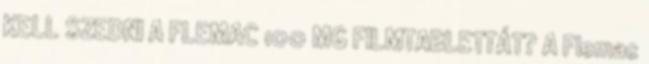
KELL SZEDNI A FLEMAC 100 MG FILMTABLETTÁT? A Flemac